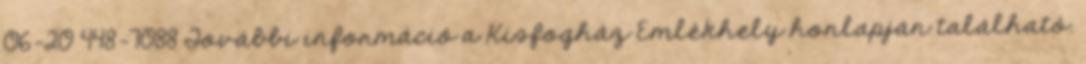
06-20 448-7088 További információ a Kisfogház Emlékhely honlapján található.